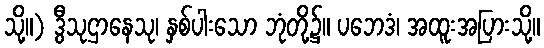
သို့။) ဒွီသုဌာနေသု၊ နှစ်ပါးသော ဘုံတို့၌။ ပဘေဒံ၊ အထူးအပြားသို့။